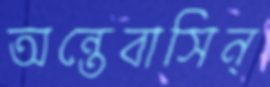
অন্তেবাসিন্